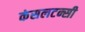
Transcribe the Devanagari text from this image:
कंसलटन्सी